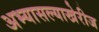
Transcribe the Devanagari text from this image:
अभ्यासल्याखेरीज